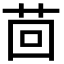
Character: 茴